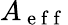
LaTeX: A_{\mathrm{~e~f~f~}}